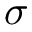
\sigma